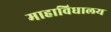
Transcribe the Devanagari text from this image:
माहाविधालय